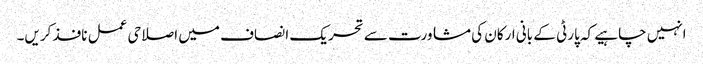
انہیں چاہیے کہ پارٹی کے بانی ارکان کی مشاورت سے تحریک ا نصاف میں اصلاحی عمل نافذ کریں۔